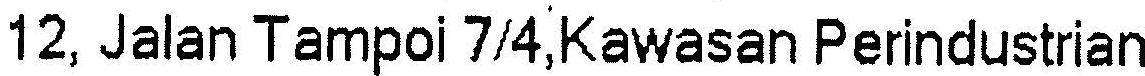
12, JALAN TAMPOI 7/4,KAWASAN PERINDUSTRIAN